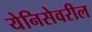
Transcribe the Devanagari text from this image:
येनिसेवरील